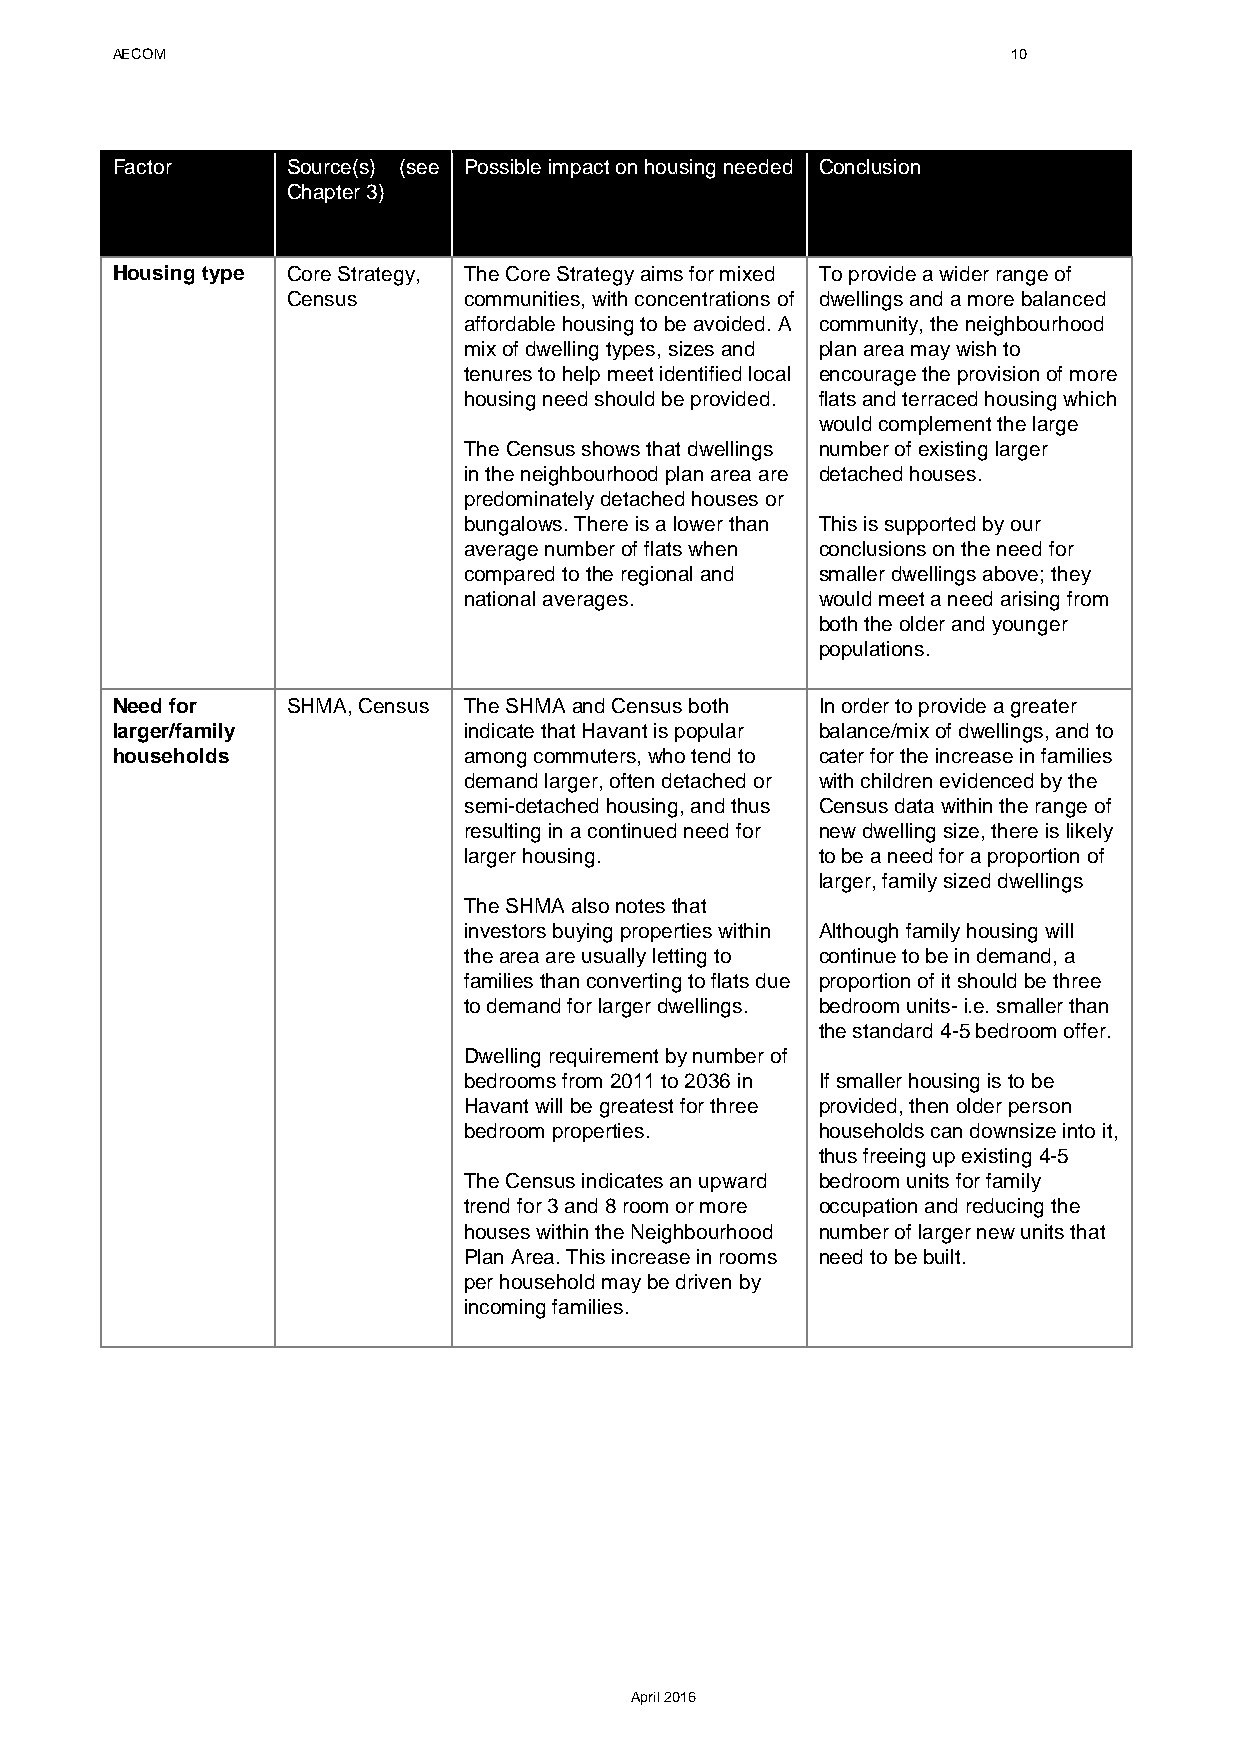
AECOM                                                       10
 Factor      Source(s) (see Possible impact on housing needed Conclusion
 Chapter 3)
 Housing type Core Strategy, The Core Strategy aims for mixed To provide a wider range of
 Census      communities, with concentrations of dwellings and a more balanced
 affordable housing to be avoided. A community, the neighbourhood
 mix of dwelling types, sizes and plan area may wish to
 tenures to help meet identified local encourage the provision of more
 housing need should be provided. flats and terraced housing which
 would complement the large
 The Census shows that dwellings number of existing larger
 in the neighbourhood plan area are detached houses.
 predominately detached houses or
 bungalows. There is a lower than This is supported by our
 average number of flats when conclusions on the need for
 compared to the regional and smaller dwellings above; they
 national averages.     would meet a need arising from
 both the older and younger
 populations.
 Need for    SHMA, Census The SHMA and Census both In order to provide a greater
 larger/family           indicate that Havant is popular balance/mix of dwellings, and to
 households              among commuters, who tend to cater for the increase in families
 demand larger, often detached or with children evidenced by the
 semi-detached housing, and thus Census data within the range of
 resulting in a continued need for new dwelling size, there is likely
 larger housing.        to be a need for a proportion of
 larger, family sized dwellings
 The SHMA also notes that
 investors buying properties within Although family housing will
 the area are usually letting to continue to be in demand, a
 families than converting to flats due proportion of it should be three
 to demand for larger dwellings. bedroom units- i.e. smaller than
 the standard 4-5 bedroom offer.
 Dwelling requirement by number of
 bedrooms from 2011 to 2036 in If smaller housing is to be
 Havant will be greatest for three provided, then older person
 bedroom properties.    households can downsize into it,
 thus freeing up existing 4-5
 The Census indicates an upward bedroom units for family
 trend for 3 and 8 room or more occupation and reducing the
 houses within the Neighbourhood number of larger new units that
 Plan Area. This increase in rooms need to be built.
 per household may be driven by
 incoming families.
 April 2016